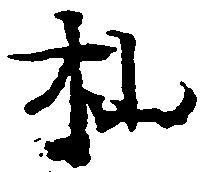
杣